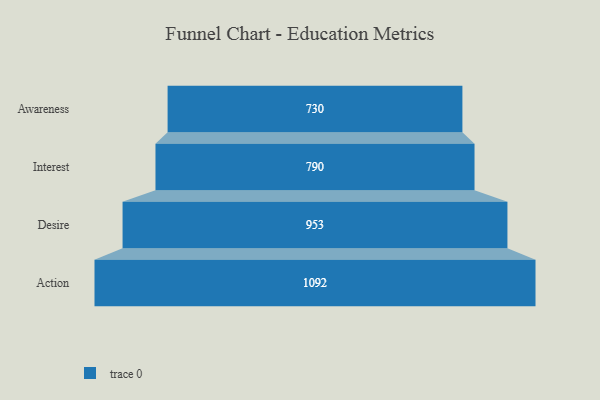
{"axis": {"x": "Stage", "y": "Value"}, "legend": [""], "data": [{"x": "Awareness", "y": 730.0, "type": ""}, {"x": "Interest", "y": 790.0, "type": ""}, {"x": "Desire", "y": 953.0, "type": ""}, {"x": "Action", "y": 1092.0, "type": ""}]}